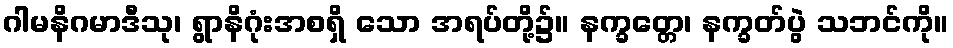
ဂါမနိဂမာဒီသု၊ ရွာနိဂုံးအစရှိ သော အရပ်တို့၌။ နက္ခတ္တေ၊ နက္ခတ်ပွဲ သဘင်ကို။